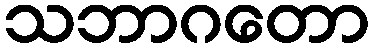
သဘာဂတော